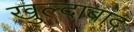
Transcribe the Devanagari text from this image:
खुल्‍दाबाद